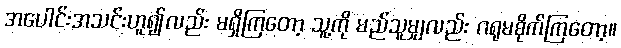
အပေါင်းအသင်းဟူ၍လည်း မရှိကြတော့ သူ့ကို မည်သူမျှလည်း ဂရုမစိုက်ကြတော့။